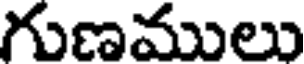
గుణములు